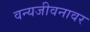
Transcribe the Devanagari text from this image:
वन्यजीवनावर